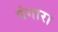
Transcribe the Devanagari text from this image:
पंगारा